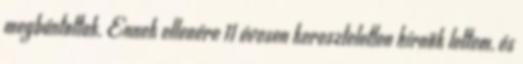
megbántottak. Ennek ellenére 11 évesen kereszteletlen hírnök lettem, és